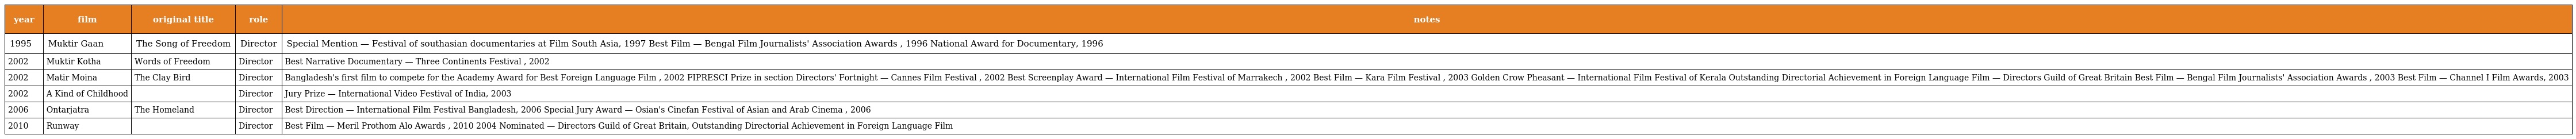
| year | film | original title | role | notes |
 | --- | --- | --- | --- | --- |
 | 1995 | Muktir Gaan | The Song of Freedom | Director | Special Mention — Festival of southasian documentaries at Film South Asia, 1997 Best Film — Bengal Film Journalists' Association Awards , 1996 National Award for Documentary, 1996 |
 | 2002 | Muktir Kotha | Words of Freedom | Director | Best Narrative Documentary — Three Continents Festival , 2002 |
 | 2002 | Matir Moina | The Clay Bird | Director | Bangladesh's first film to compete for the Academy Award for Best Foreign Language Film , 2002 FIPRESCI Prize in section Directors' Fortnight — Cannes Film Festival , 2002 Best Screenplay Award — International Film Festival of Marrakech , 2002 Best Film — Kara Film Festival , 2003 Golden Crow Pheasant — International Film Festival of Kerala Outstanding Directorial Achievement in Foreign Language Film — Directors Guild of Great Britain Best Film — Bengal Film Journalists' Association Awards , 2003 Best Film — Channel I Film Awards, 2003 |
 | 2002 | A Kind of Childhood |  | Director | Jury Prize — International Video Festival of India, 2003 |
 | 2006 | Ontarjatra | The Homeland | Director | Best Direction — International Film Festival Bangladesh, 2006 Special Jury Award — Osian's Cinefan Festival of Asian and Arab Cinema , 2006 |
 | 2010 | Runway |  | Director | Best Film — Meril Prothom Alo Awards , 2010 2004 Nominated — Directors Guild of Great Britain, Outstanding Directorial Achievement in Foreign Language Film |